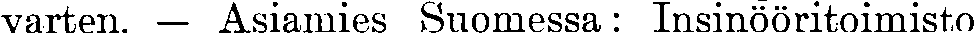
varten. — Asiamies Suomessa: Insinööritoimisto